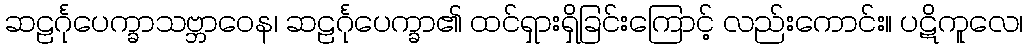
ဆဠင်္ဂုပေက္ခာသဗ္ဘာဝေန၊ ဆဠင်္ဂုပေက္ခာ၏ ထင်ရှားရှိခြင်းကြောင့် လည်းကောင်း။ ပဋိကူလေ၊